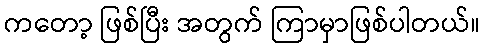
ကတော့ ဖြစ်ပြီး အတွက် ကြာမှာဖြစ်ပါတယ်။